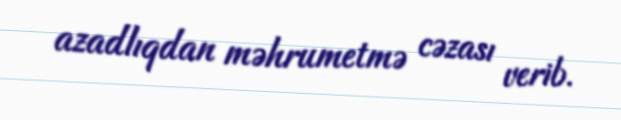
azadlıqdan məhrumetmə cəzası verib.